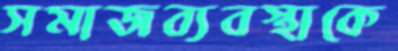
সমাজব্যবস্থাকে